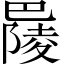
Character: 𢁋